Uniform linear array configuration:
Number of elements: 16
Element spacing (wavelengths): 0.75
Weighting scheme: hamming
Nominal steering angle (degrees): -60
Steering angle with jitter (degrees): -59.329
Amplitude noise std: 0.05
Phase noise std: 0.05

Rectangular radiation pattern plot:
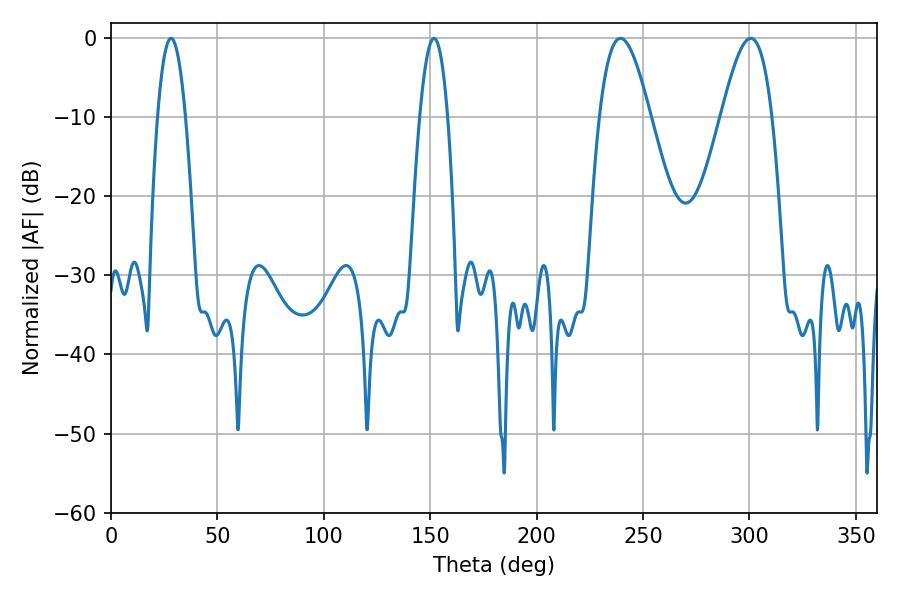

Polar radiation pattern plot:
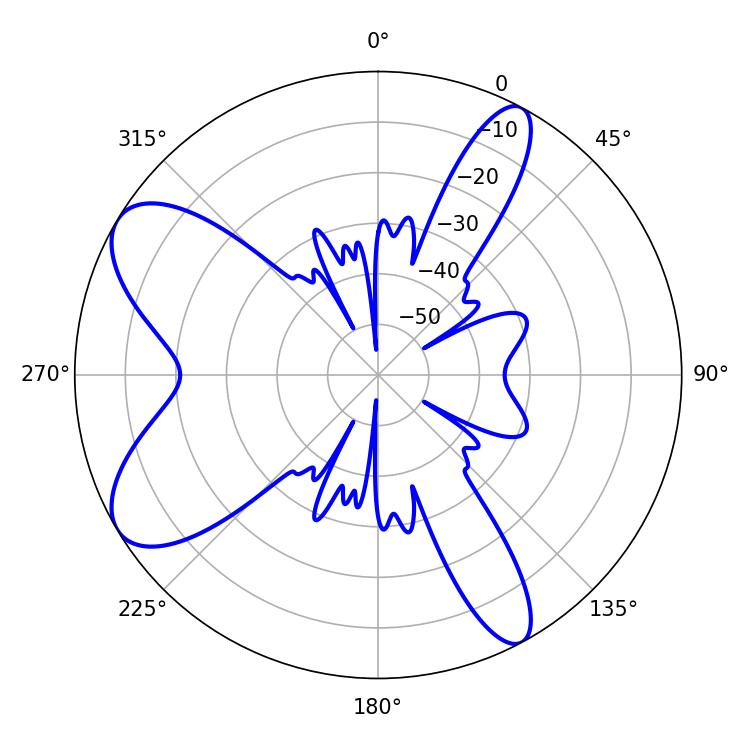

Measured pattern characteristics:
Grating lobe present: TRUE
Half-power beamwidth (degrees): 12.78
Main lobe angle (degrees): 239.4